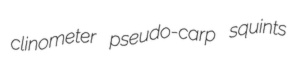
clinometer pseudo-carp squints